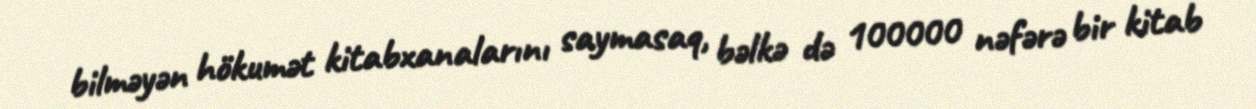
bilməyən hökumət kitabxanalarını saymasaq, bəlkə də 100000 nəfərə bir kitab